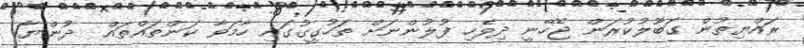
ރައްޔިތުން ގަބޫލުކުރަން ޖެހޭނީ ދިވެހި ފުލުންނަށް ތަހުގީގުގައި ހާމަވާ ކަންތައްތައް  ދުންޔާ1